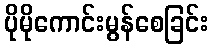
ပိုမိုကောင်းမွန်စေခြင်း